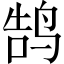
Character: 鹄